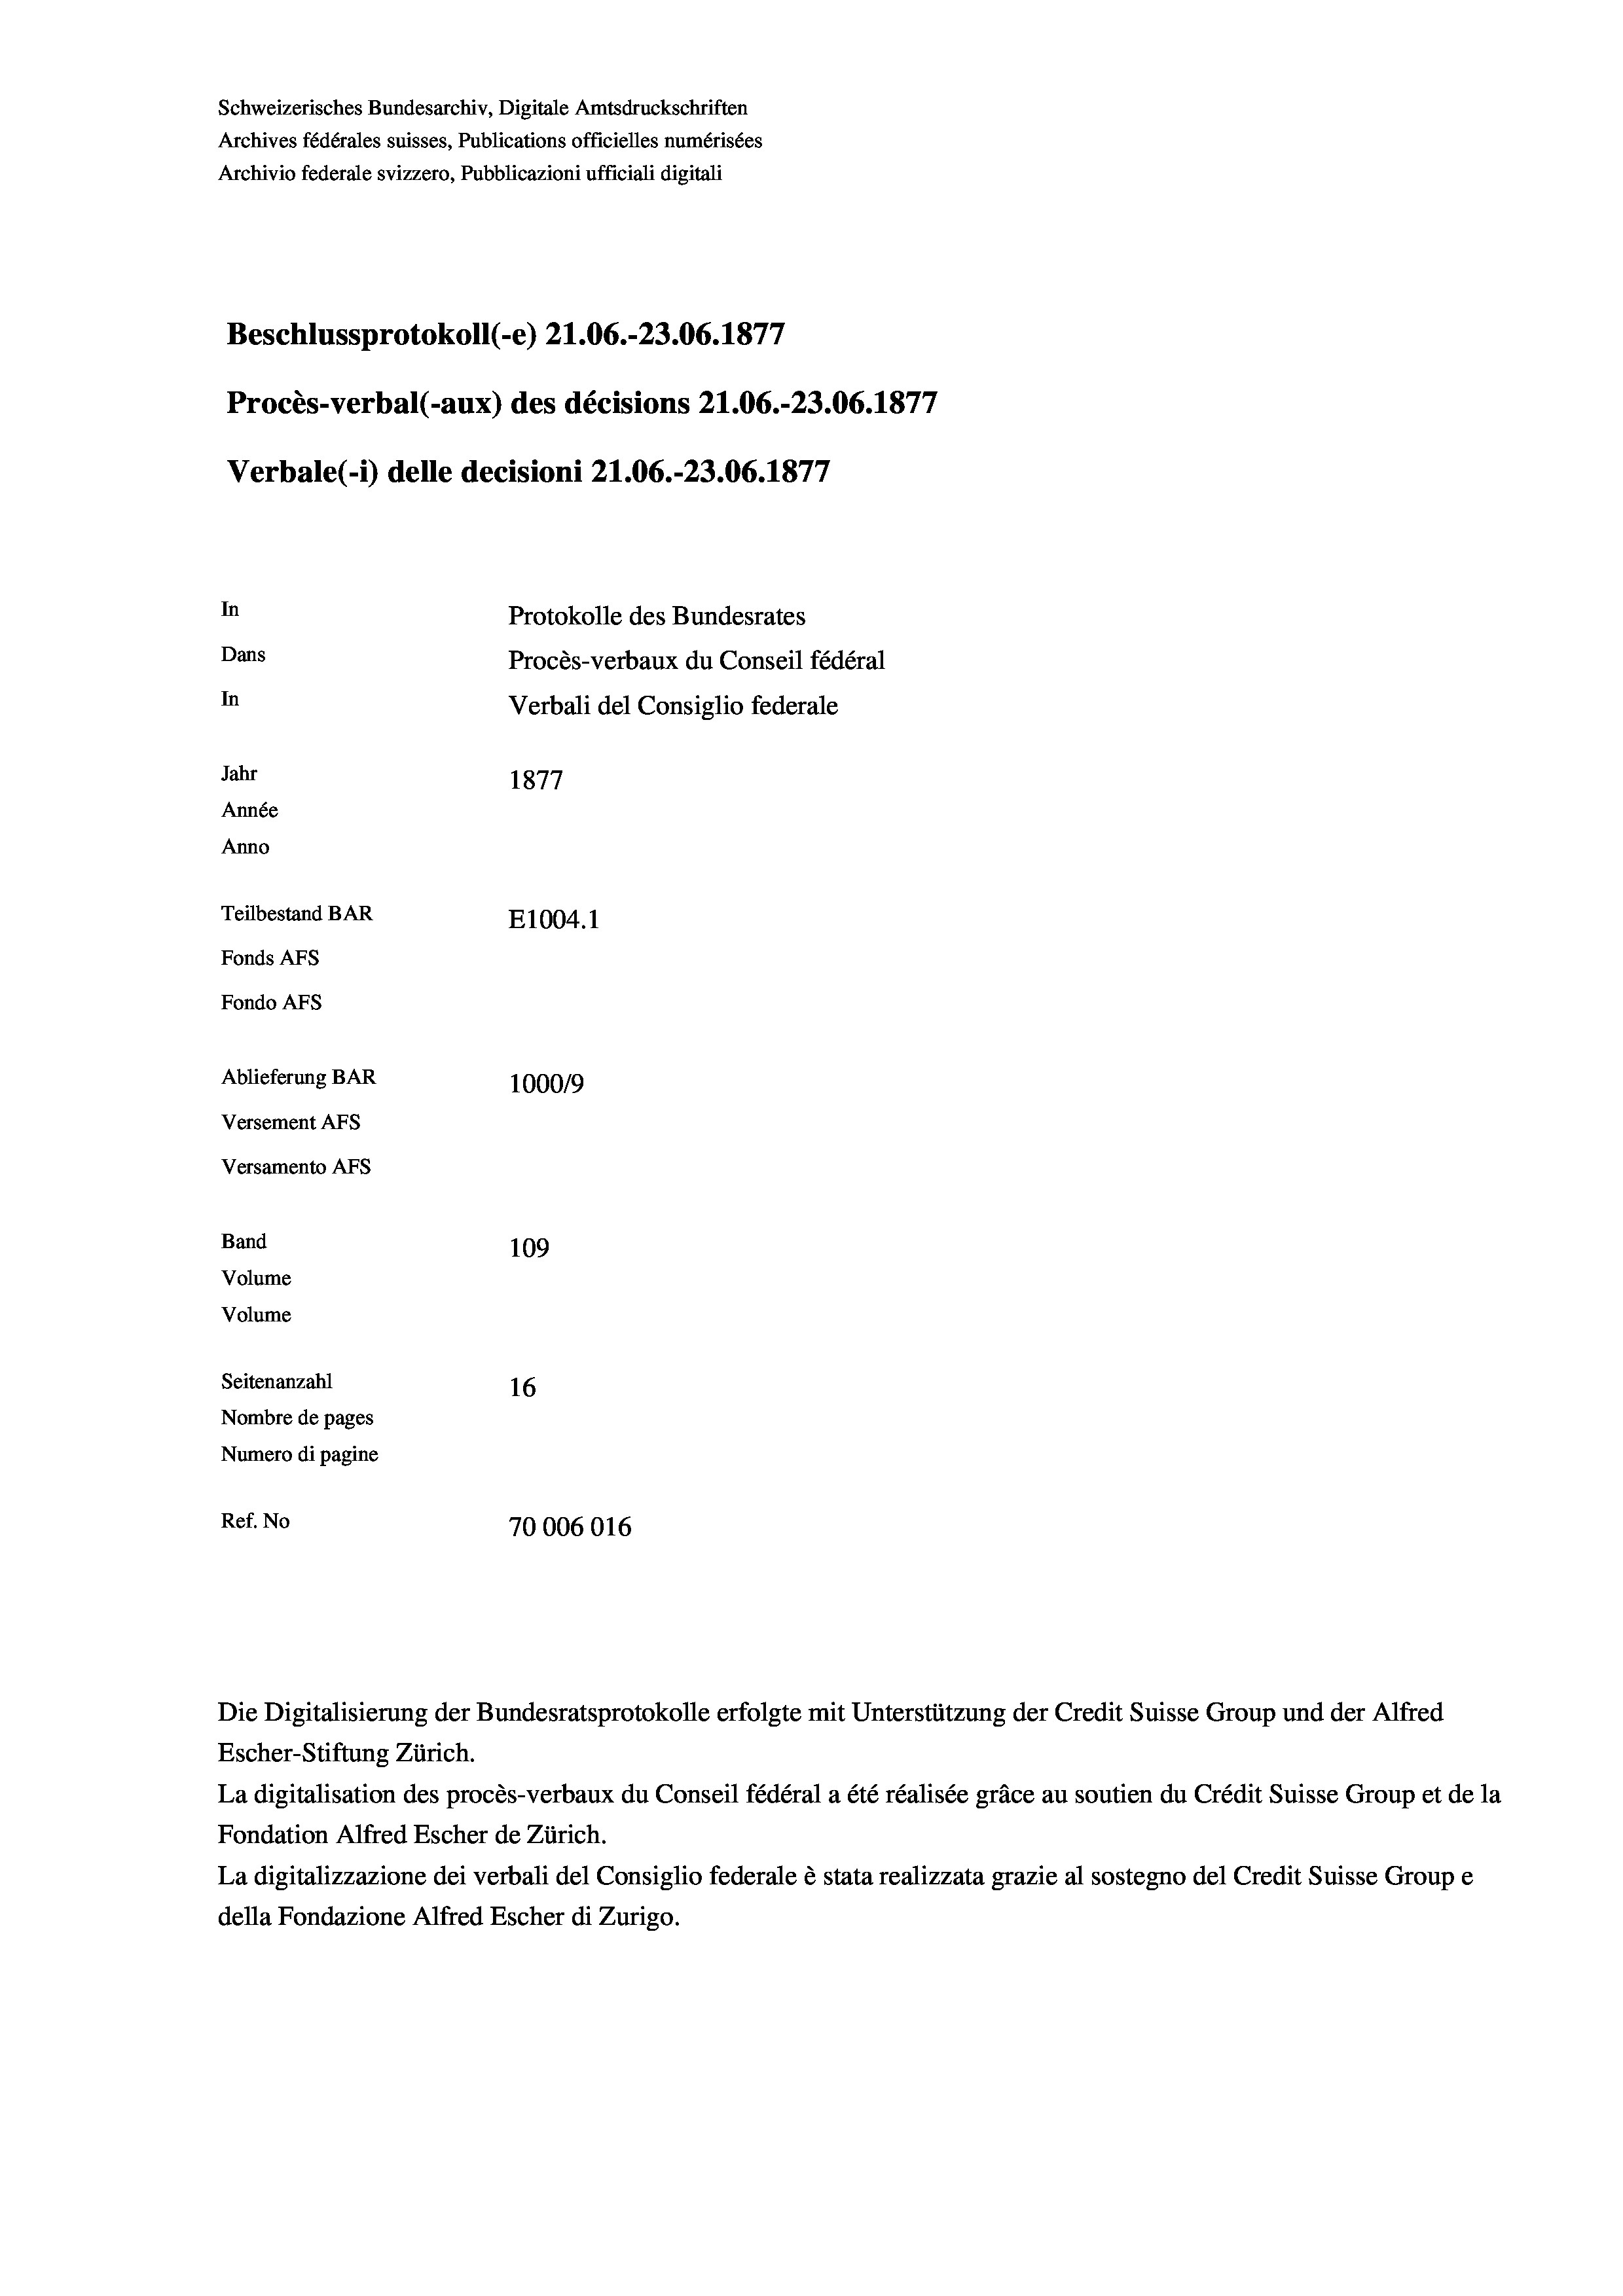
In
Protokolle des Bundesrates
Dans
Procès-verbaux du Conseil fédéral
In
Verbali del Consiglio federale
Jahr
1877
Année
Anno
Teilbestand BAR
E1004. 1
Fonds AFs
Fondo As

Ablieferung BAR
Versement Ans
Versamento AFs
Band
Volume
Volume
Seitenanzahl

Schweizerisches Bundesarchiv, Digitale Amtsdruckschriften
Archives fédérales suisses, Publications officielles numérisées
Archivio federale svizzero, Pubblicazioni ufficiali digitali

Beschlussprotokoll (-e) 21.06.-23.06. 1877

Procès-verbal (-aux) des décisions Z1.06.-23.06. 1877
Verbale (- 1) delle decisioni 21.06.-23.06. 1877

10009
109
16
Nombre de pages
Numero di pagine
Ref. No
70006016

Escher-Stiftung Zürich.
La digitalisation des procès-verbaux du Conseil fédéral a été réalisée gräce au soutien du Crédit Suisse Group et de la
Fondation Alfred Escher de Zürich.
La digitalizzazione dei verbali del Consiglio federale è stata realizzata grazie al sostegno del Credit Suisse Groupe
della Fondazione Alfred Escher di Zurigo.

Die Digitalisierung der Bundesratsprotokolle erfolgte mit Unterstützung der Credit Suisse Group und der Alfred